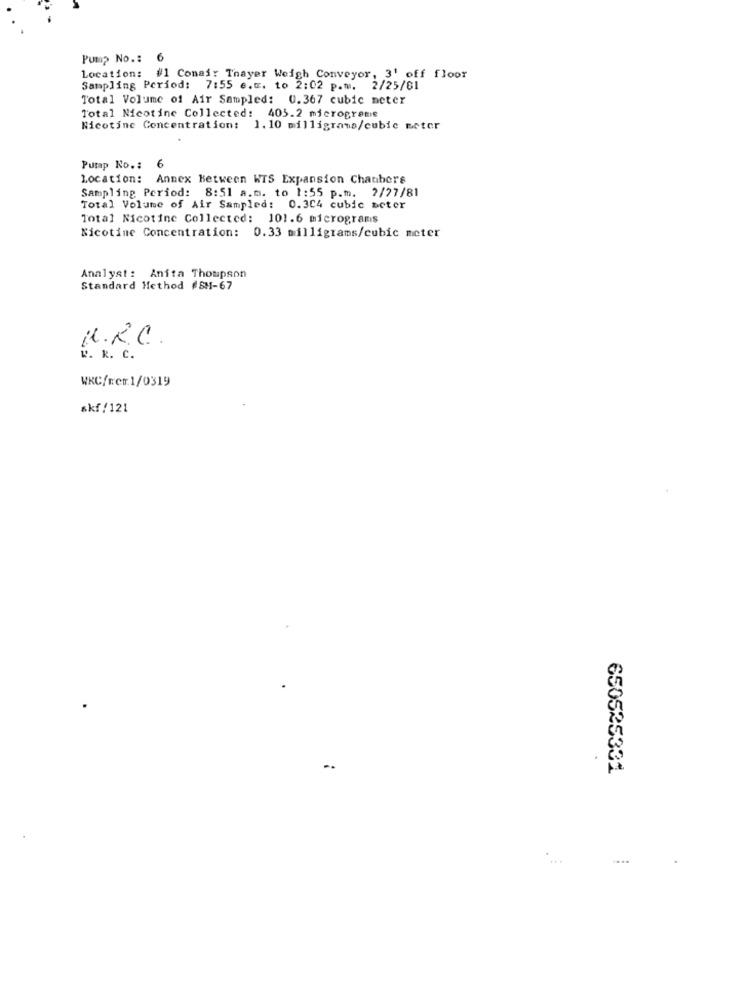
Pump No .: 6
Location: #1 Conair Thayer Weigh Conveyor, 3' off floor
Sampling Period: 7:55 e.g. to 2:02 p.m. 2/25/01
Total Volume of Air Sampled: 0.367 cubic meter
Total Nicotine Collected: 405.2 microgrene
Nicotine Concentration: 1. 10 milligrams/cubic meter
Pump No .:
6
Location: Annex Between WTS Expansion Chambers
Sampling Period: 8:51 a.m. to 1:55 p.m. 2/27/81
Total Volume of Air Sampled: 0.304 cubic seter
Total Nicotine Collected: 101.6 micrograms
Nicotine Concentration: 0.33 milligrams/cubic meter
Analyst: Anita Thompson
Standard Method #SH-67
U.R.C.
k. k. C.
WRC/rem.1/0319
skf/121
650525331
...